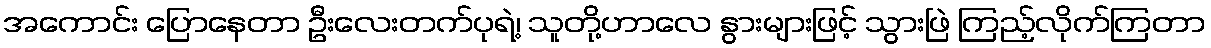
အကောင်း ပြောနေတာ ဦးလေးတက်ပုရဲ့၊ သူတို့ဟာလေ နွားများဖြင့် သွားဖြဲ ကြည့်လိုက်ကြတာ